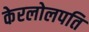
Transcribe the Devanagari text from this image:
केरलोलपति